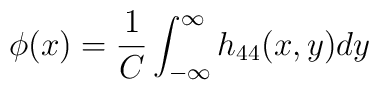
\phi(x)=\frac{1}{C}\int_{-\infty}^{\infty} h_{44} (x,y) dy